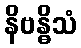
နိဗန္ဓိသံ